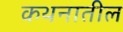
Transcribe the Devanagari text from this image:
कथनातील